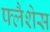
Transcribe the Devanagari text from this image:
फ्लैशेस